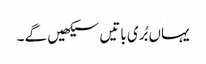
یہاں بُری باتیں سیکھیں گے۔